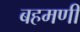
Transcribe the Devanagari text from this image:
बहमणी